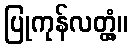
ပြုကုန်လတ္တံ့။